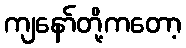
ကျနော်တို့ကတော့